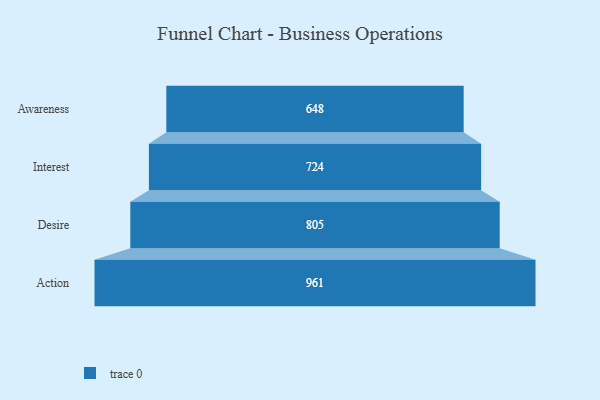
{"axis": {"x": "Stage", "y": "Value"}, "legend": [""], "data": [{"x": "Awareness", "y": 648.0, "type": ""}, {"x": "Interest", "y": 724.0, "type": ""}, {"x": "Desire", "y": 805.0, "type": ""}, {"x": "Action", "y": 961.0, "type": ""}]}